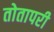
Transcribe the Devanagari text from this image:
तोतापरी